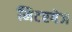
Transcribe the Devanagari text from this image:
मिटरगेज